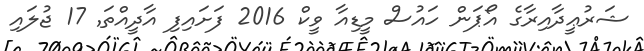
ޝަރުޢީދާއިރާގެ އޯޕަން ހައުސް މީޑިއާ ވީކް 2016 ފަށައިފި އާދީއްތަ